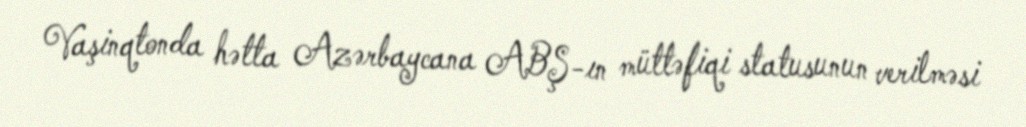
Vaşinqtonda hətta Azərbaycana ABŞ-ın müttəfiqi statusunun verilməsi